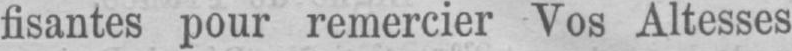
fisantes pour remercier Vos Altesses